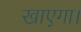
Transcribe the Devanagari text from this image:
खाएगा।